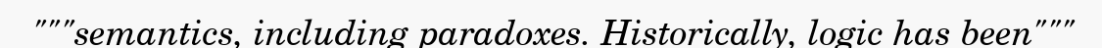
"""semantics, including paradoxes. Historically, logic has been"""